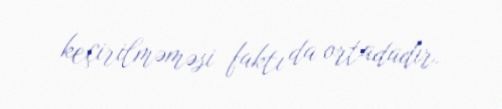
keçirilməməsi faktı da ortadadır.